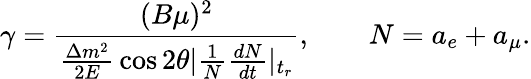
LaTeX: \gamma={\frac{(B\mu)^{2}}{{\frac{\Delta m^{2}}{2E}}\cos 2\theta\vert{\frac{1}{N}}{\frac{dN}{dt}}\vert_{t_{r}}}},\qquad N=a_{e}+a_{\mu}.